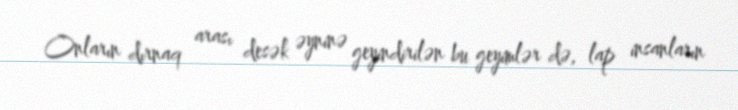
Onların dırnaq arası desək əyninə geyindirilən bu geyimlər də, lap insanların